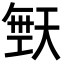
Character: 𪥙